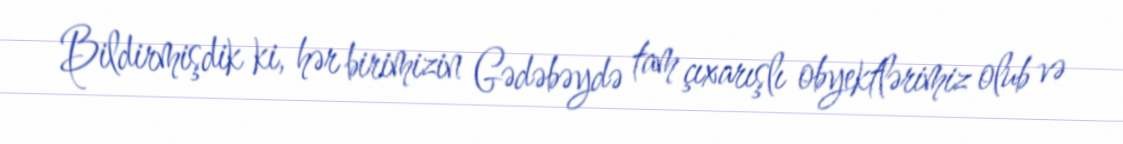
Bildirmişdik ki, hər birimizin Gədəbəydə tam çıxarışlı obyektlərimiz olub və